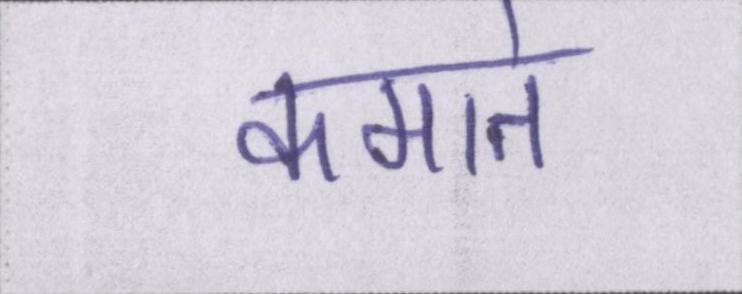
कमाते